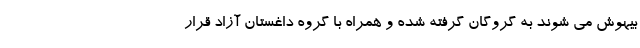
بیهوش می شوند به گروگان گرفته شده و همراه با گروه داغستان آزاد قرار